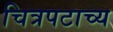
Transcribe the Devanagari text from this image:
चित्रपटाच्य